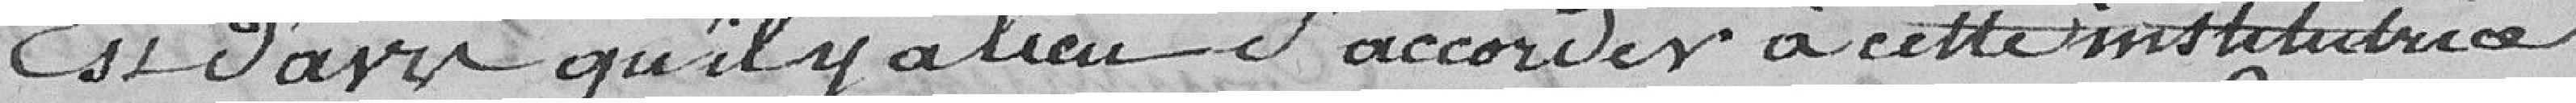
est d'avis qu'il y a lieu d'accorder à cette institutrice